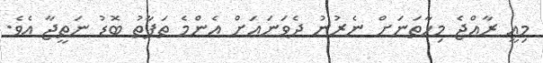
މިއީ ރާއްޖެ މިހާތަނަށް ނެރުނު ދެވަނައަށް އެންމެ ތަފާތު ބޮޑު ނަތީޖާ އެވެ.